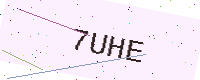
Text: 7UHE